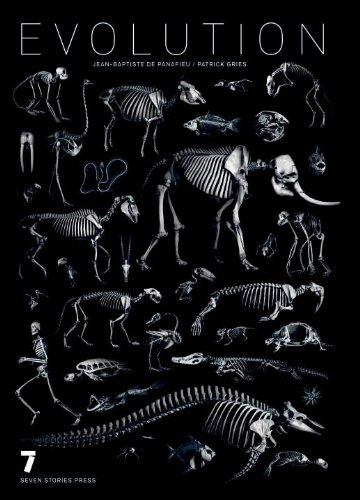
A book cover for Evolution; Jean-Baptiste De Panafieu; Science & Math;